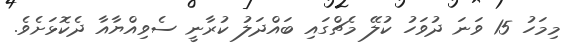
މިމަހު 15 ވަނަ ދުވަހު ކުލޭ މެޗްގައި ބައްދަލު ކުރާނީ ސެވިއްޔާއާ ދެކޮޅަށެވެ.